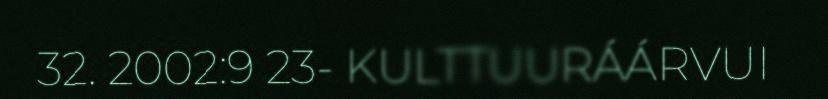
32. 2002:9 23- KULTTUURÁÁRVUI